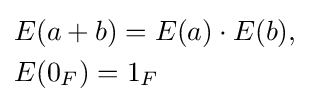
{\begin{aligned}&E(a+b)=E(a)\cdot E(b),\\&E(0_{F})=1_{F}\end{aligned}}